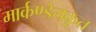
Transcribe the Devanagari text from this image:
मार्कण्डेयकृत